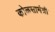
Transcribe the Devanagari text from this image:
कोळसामंत्री